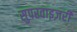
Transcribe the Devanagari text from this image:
सुपरवाइज़री